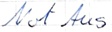
Text: Not Aus